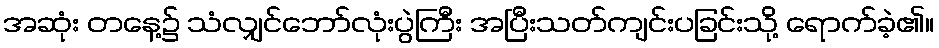
အဆုံး တနေ့၌ သံလျှင်ဘော်လုံးပွဲကြီး အပြီးသတ်ကျင်းပခြင်းသို့ ရောက်ခဲ့၏။